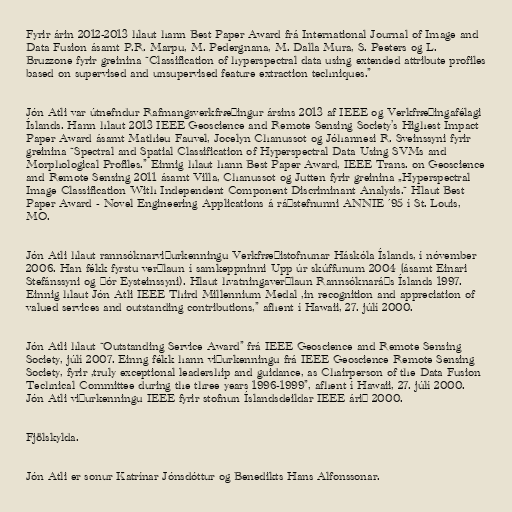
Fyrir árin 2012-2013 hlaut hann Best Paper Award frá International Journal of Image and
Data Fusion ásamt P.R. Marpu, M. Pedergnana, M. Dalla Mura, S. Peeters og L.
Bruzzone fyrir greinina “Classification of hyperspectral data using extended attribute profiles
based on supervised and unsupervised feature extraction techniques.”

Jón Atli var útnefndur Rafmangsverkfræðingur ársins 2013 af IEEE og Verkfræðingafélagi
Íslands. Hann hlaut 2013 IEEE Geoscience and Remote Sensing Society’s Highest Impact
Paper Award ásamt Mathieu Fauvel, Jocelyn Chanussot og Jóhannesi R. Sveinssyni fyrir
greinina “Spectral and Spatial Classification of Hyperspectral Data Using SVMs and
Morphological Profiles.” Einnig hlaut hann Best Paper Award, IEEE Trans. on Geoscience
and Remote Sensing 2011 ásamt Villa, Chanussot og Jutten fyrir greinina „Hyperspectral
Image Classification With Independent Component Discriminant Analysis.“ Hlaut Best
Paper Award - Novel Engineering Applications á ráðstefnunni ANNIE ´95 í St. Louis,
MO.

Jón Atli hlaut rannsóknarviðurkenningu Verkfræðistofnunar Háskóla Íslands, í nóvember
2006. Han fékk fyrstu verðlaun í samkeppninni Upp úr skúffunum 2004 (ásamt Einari
Stefánssyni og Þór Eysteinssyni). Hlaut hvatningaverðlaun Rannsóknaráðs Íslands 1997.
Einnig hlaut Jón Atli IEEE Third Millennium Medal ,in recognition and appreciation of
valued services and outstanding contributions,” afhent í Hawaii, 27. júlí 2000.

Jón Atli hlaut “Outstanding Service Award” frá IEEE Geoscience and Remote Sensing
Society, júlí 2007. Einng fékk hann viðurkenningu frá IEEE Geoscience Remote Sensing
Society, fyrir ,truly exceptional leadership and guidance, as Chairperson of the Data Fusion
Technical Committee during the three years 1996-1999”, afhent í Hawaii, 27. júlí 2000.
Jón Atli viðurkenningu IEEE fyrir stofnun Íslandsdeildar IEEE árið 2000.

Fjölskylda.

Jón Atli er sonur Katrínar Jónsdóttur og Benedikts Hans Alfonssonar.